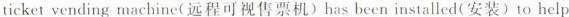
ticket vending machine( 远程可视售票机) has been installed(安装) to help